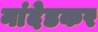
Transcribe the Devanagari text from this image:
नांदेडकर